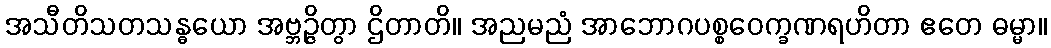
အသီတိသတသန္ဓယော အဗ္ဘဉ္ဇိတွာ ဌိတာတိ။ အညမညံ အာဘောဂပစ္စဝေက္ခဏရဟိတာ ဧတေ ဓမ္မာ။